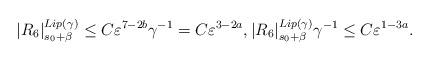
LaTeX: \begin{align*}\lvert R_6 \rvert_{s_0+\beta}^{Lip(\gamma)}\le C \varepsilon^{7-2 b} \gamma^{-1}=C \varepsilon^{3- 2 a}, \lvert R_6 \rvert_{s_0+\beta}^{Lip(\gamma)} \gamma^{-1}\le C \varepsilon^{1- 3 a}.\end{align*}